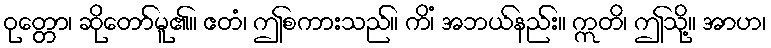
ဝုတ္တော၊ ဆိုတော်မူ၏။ ဧတံ၊ ဤစကားသည်။ ကိံ၊ အဘယ်နည်း။ ဣတိ၊ ဤသို့။ အာဟ၊